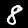
Label: 8